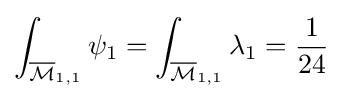
\int _{{\overline {\mathcal {M}}}_{1,1}}\psi _{1}=\int _{{\overline {\mathcal {M}}}_{1,1}}\lambda _{1}={\frac {1}{24}}